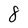
Character: 8